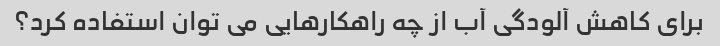
برای کاهش آلودگی آب از چه راهکارهایی می توان استفاده کرد؟